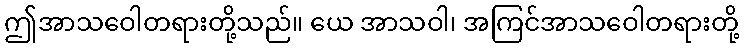
ဤအာသဝေါတရားတို့သည်။ ယေ အာသဝါ၊ အကြင်အာသဝေါတရားတို့